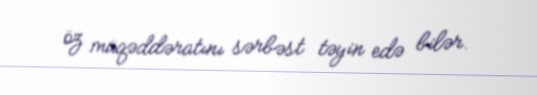
öz müqəddəratını sərbəst təyin edə bilər.